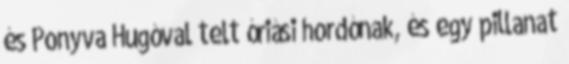
és Ponyva Hugóval telt óriási hordónak, és egy pillanat